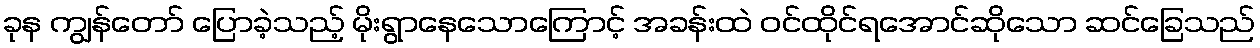
ခုန ကျွန်တော် ပြောခဲ့သည့် မိုးရွာနေသောကြောင့် အခန်းထဲ ဝင်ထိုင်ရအောင်ဆိုသော ဆင်ခြေသည်